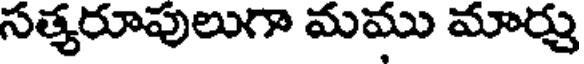
సత్యరూపులుగా మము మార్చు